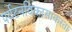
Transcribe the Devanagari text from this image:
पर्यटनविकासाकरता